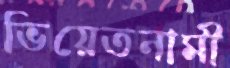
ভিয়েতনামী